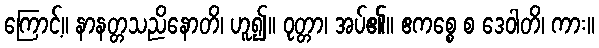
ကြောင့်။ နာနတ္တသညိနောတိ၊ ဟူ၍။ ဝုတ္တာ၊ အပ်၏။ ဧကစ္စေ စ ဒေဝါတိ၊ ကား။